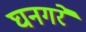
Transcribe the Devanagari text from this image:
घनगरे